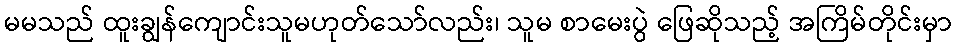
မမသည် ထူးချွန်ကျောင်းသူမဟုတ်သော်လည်း၊ သူမ စာမေးပွဲ ဖြေဆိုသည့် အကြိမ်တိုင်းမှာ